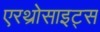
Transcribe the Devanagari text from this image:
एरथ्रोसाइट्स